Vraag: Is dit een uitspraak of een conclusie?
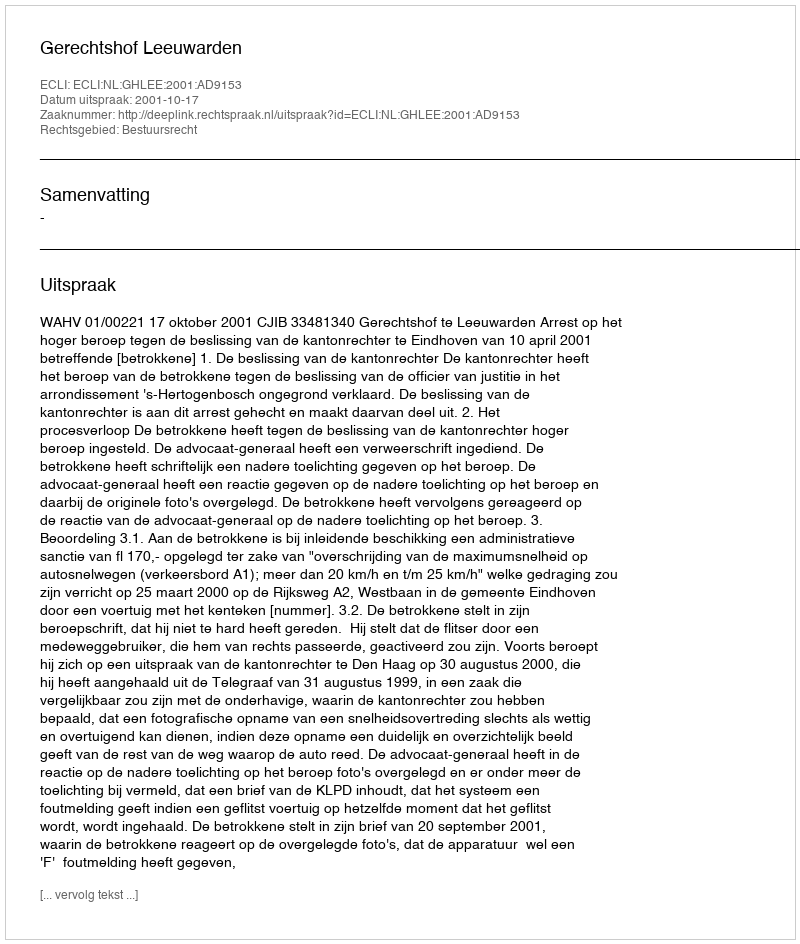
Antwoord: Uitspraak